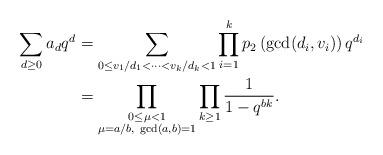
LaTeX: \begin{align*}\sum_{d\geq 0} a_d q^d &=\sum_{0\leq v_1/d_1<\cdots<v_k/d_k<1}\prod_{i=1}^k p_2\left(\gcd(d_i, v_i)\right)q^{d_i} \\&=\prod_{\begin{subarray}{c}0\leq \mu<1 \\\mu=a/b, \ \gcd(a, b)=1\end{subarray}}\prod_{k\geq 1}\frac{1}{1-q^{bk}}. \end{align*}